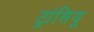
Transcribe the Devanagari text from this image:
ट्रांसियू